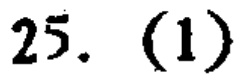
25. (1)